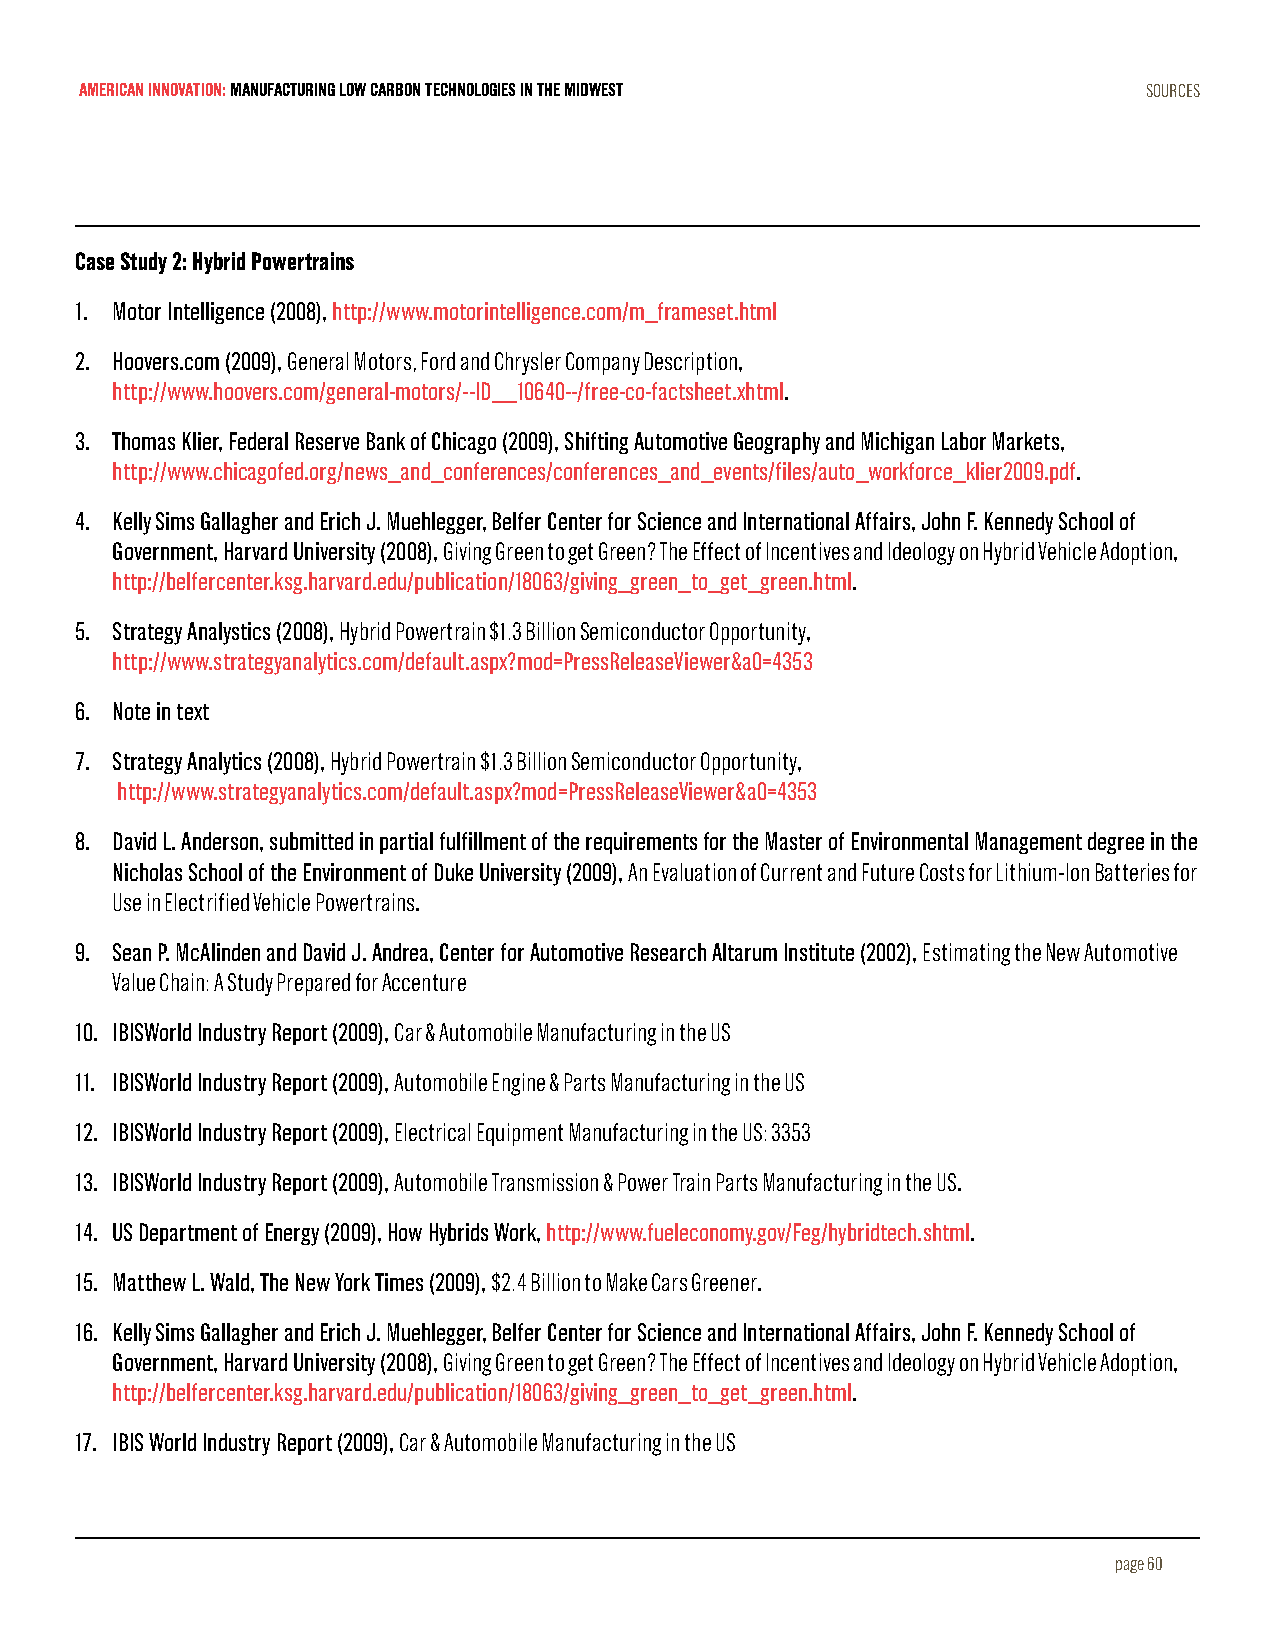
AMERICAN INNOVATION: MANUFACTURING LOW CARBON TECHNOLOGIES IN THE MIDWEST SOURCES
 Case Study 2: Hybrid Powertrains
 1. Motor Intelligence (2008), http://www.motorintelligence.com/m_frameset.html
 2. Hoovers.com (2009), General Motors, Ford and Chrysler Company Description,
 http://www.hoovers.com/general-motors/--ID__10640--/free-co-factsheet.xhtml.
 3. Thomas Klier, Federal Reserve Bank of Chicago (2009), Shifting Automotive Geography and Michigan Labor Markets,
 http://www.chicagofed.org/news_and_conferences/conferences_and_events/files/auto_workforce_klier2009.pdf.
 4. Kelly Sims Gallagher and Erich J. Muehlegger, Belfer Center for Science and International Affairs, John F. Kennedy School of
 Government, Harvard University (2008), Giving Green to get Green? The Effect of Incentives and Ideology on Hybrid Vehicle Adoption,
 http://belfercenter.ksg.harvard.edu/publication/18063/giving_green_to_get_green.html.
 5. Strategy Analystics (2008), Hybrid Powertrain $1.3 Billion Semiconductor Opportunity,
 http://www.strategyanalytics.com/default.aspx?mod=PressReleaseViewer&a0=4353
 6. Note in text
 7. Strategy Analytics (2008), Hybrid Powertrain $1.3 Billion Semiconductor Opportunity,
 http://www.strategyanalytics.com/default.aspx?mod=PressReleaseViewer&a0=4353
 8. David L. Anderson, submitted in partial fulfillment of the requirements for the Master of Environmental Management degree in the
 Nicholas School of the Environment of Duke University (2009), An Evaluation of Current and Future Costs for Lithium-Ion Batteries for
 Use in Electrified Vehicle Powertrains.
 9. Sean P. McAlinden and David J. Andrea, Center for Automotive Research Altarum Institute (2002), Estimating the New Automotive
 Value Chain: A Study Prepared for Accenture
 10. IBISWorld Industry Report (2009), Car & Automobile Manufacturing in the US
 11. IBISWorld Industry Report (2009), Automobile Engine & Parts Manufacturing in the US
 12. IBISWorld Industry Report (2009), Electrical Equipment Manufacturing in the US: 3353
 13. IBISWorld Industry Report (2009), Automobile Transmission & Power Train Parts Manufacturing in the US.
 14. US Department of Energy (2009), How Hybrids Work, http://www.fueleconomy.gov/Feg/hybridtech.shtml.
 15. Matthew L. Wald, The New York Times (2009), $2.4 Billion to Make Cars Greener.
 16. Kelly Sims Gallagher and Erich J. Muehlegger, Belfer Center for Science and International Affairs, John F. Kennedy School of
 Government, Harvard University (2008), Giving Green to get Green? The Effect of Incentives and Ideology on Hybrid Vehicle Adoption,
 http://belfercenter.ksg.harvard.edu/publication/18063/giving_green_to_get_green.html.
 17. IBIS World Industry Report (2009), Car & Automobile Manufacturing in the US
 page 60